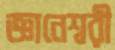
জ্ঞানেশ্বরী